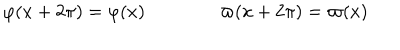
LaTeX: \varphi ( x + 2 \pi ) = \varphi ( x ) \qquad \qquad \varpi ( x + 2 \pi ) = \varpi ( x )